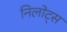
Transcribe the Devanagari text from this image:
निलोट्स